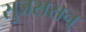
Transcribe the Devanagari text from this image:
सुजससन्